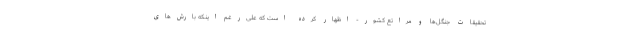
تحقیقات جنگل‌ها و مراتع کشور- اظهار کرده است که علی‌رغم اینکه بارش‌های